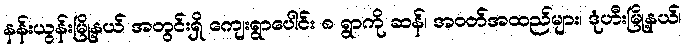
နန်းယွန်းမြို့နယ် အတွင်းရှိ ကျေးရွာပေါင်း ၈ ရွာကို ဆန်၊ အဝတ်အထည်များ၊ ဒုံဟီးမြို့နယ်၊